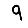
Digit: 9